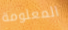
المعلومة